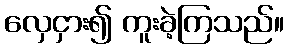
လှေငှား၍ ကူးခဲ့ကြသည်။